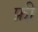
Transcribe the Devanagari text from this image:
फ्री़